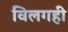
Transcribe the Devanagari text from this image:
विलगही